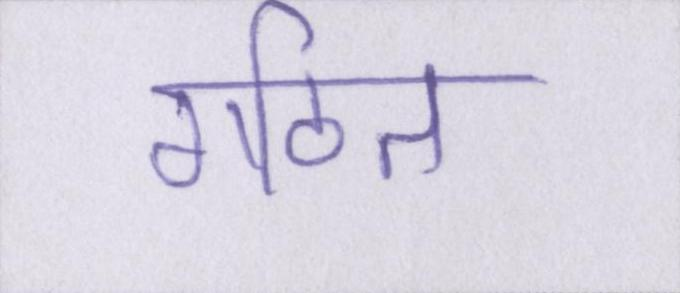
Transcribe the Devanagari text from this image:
गठित